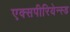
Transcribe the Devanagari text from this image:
एक्सपीरियेन्स्ड